Vaccination in Bombay 1874-1876 - 1874-1876
Year: 1874
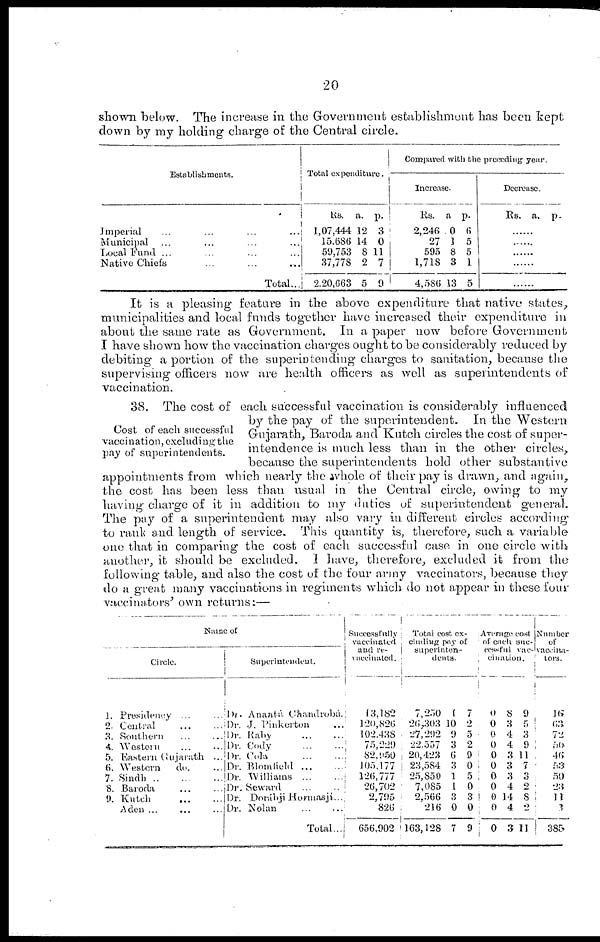
20
shown below. The increase in the Government establishment has been kept
down by my holding charge of the Central circle.
Establishments.
Imperial ... ... ... ...
Municipal ... ... ... ...
Local Fund ... ... ... ...
Native Chiefs ... ... ...
Total...
Total expenditure.
Rs.
1,07,444
15,686
59,753
37,778
220,663
a.
12
14
8
2
5
p.
3
0
11
7
9
Compared with the preceding year.
Increase.
Rs.
2,246
27
595
1,718
4,586
a
0
1
8
3
13
p.
6
5
5
1
5
Decrease.
Rs. a. p.
......
......
......
......
......
It is a pleasing feature in the above expenditure that native states,
municipalities and local funds together have increased their expenditure in
about the same rate as Government. In a paper now before Government
I have shown how the vaccination charges ought to be considerably reduced by
debiting a portion of the superintending charges to sanitation, because the
supervising officers now are health officers as well as superintendents of
vaccination.
Cost of each successful
vaccination, excluding the
pay of superintendents.
38. The cost of each successful vaccination is considerably influenced
by the pay of the superintendent. In the Western
Gujarath, Baroda and Kutch circles the cost of super-
intendence is much less than in the other circles,
because the superintendents hold other substantive
appointments from which nearly the whole of their pay is drawn, and again,
the cost has been less than usual in the Central circle, owing to my
having charge of it in addition to my duties of superintendent general.
The pay of a superintendent may also vary in different circles according
to rank and length of service. This quantity is, therefore, such a variable
one that in comparing the cost of each successful case in one circle with
another, it should be excluded. I have, therefore, excluded it from the
following table, and also the cost of the four army vaccinators, because they
do a great many vaccinations in regiments which do not appear in these four
vaccinators' own returns:—
Name of
Circle.
1.
2.
3.
4.
5.
6.
7.
8.
9.
Presidency ... ...
Central ... ...
Southern ... ...
Western ... ...
Eastern Gujarath ...
Western
do. ...
Sindh
...
...
...
Baroda ... ...
Kutch
...
...
Aden ... ... ...
Superintendent.
Dr.Anantá Chandrobá.
Dr. J. Pinkerton ...
Dr. Raby
...
...
Dr. Cody
...
...
Dr. Cola
...
...
Dr. Blomfield
...
...
Dr. Williams
...
...
Dr. Seward ... ...
Dr. Dorábji Hormasjí...
Dr. Nolan ... ... ...
Total...
Successfully
vaccinated
and re-
vaccinated.
43,182
120,826
102,438
75,229
82,950
105,177
126,777
26,702
2,795
826
656,902
Total cost ex-
cluding pay of
superinten-
dents.
7,250
26,303
27,292
22,557
20,423
23,584
25,850
7,085
2,566
216
163,128
1
10
9
3
6
3
1
1
3
0
7
7
2
5
2
9
0
5
0
3
0
9
Average cost
of each suc-
cessful vac-
cination.
0
0
0
0
0
0
0
0
0
0
0
8
3
4
4
3
3
3
4
14
4
3
9
5
3
9
11
7
3
2
8
2
11
Number
of
vaccina-
tors.
16
63
72
50
46
53
50
23
11 3
385